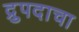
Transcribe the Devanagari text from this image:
द्रुपदाचा